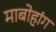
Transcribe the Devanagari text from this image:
माबोहांग